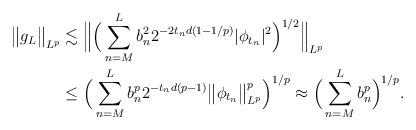
LaTeX: \begin{align*}\big\Vert g_L\big\Vert_{L^p} &\lesssim \Big\Vert \Big(\sum_{n=M}^{L}{b_n^22^{-2t_nd(1-1/p)}|\phi_{t_n}|^2}\Big)^{1/2}\Big\Vert_{L^p}\\&\leq \Big( \sum_{n=M}^{L}{b_n^p 2^{-{t_n}d(p-1)}\big\Vert \phi_{{t_n}}\big\Vert_{L^p}^p} \Big)^{{1}/{p}}\approx\Big(\sum_{n=M}^{L}{b_n^p}\Big)^{{1}/{p}}.\end{align*}